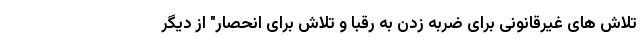
تلاش های غیرقانونی برای ضربه زدن به رقبا و تلاش برای انحصار" از دیگر